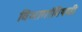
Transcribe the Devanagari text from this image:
विभागांविषयी